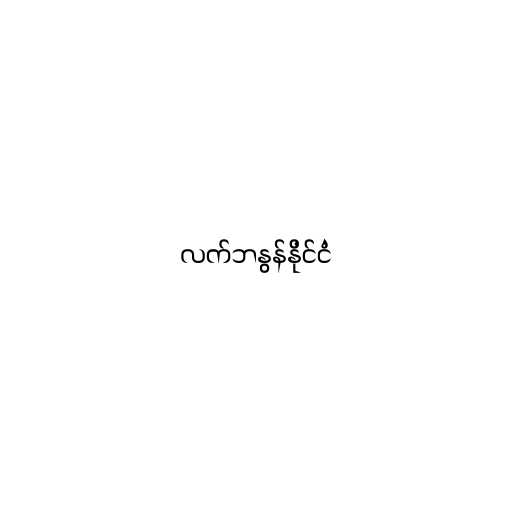
လက်ဘနွန်နိုင်ငံ